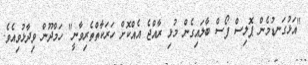
"އަޅުގަނޑުމެން ޕޮލިސް ފޯސް ބާލައިގެން މުޅި ރާއްޖެ އެއްކޮށް ހަރަކާތްތެރިވާނީ" ހަމްދޫން ވިދާޅުވިއެވެ.